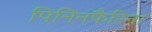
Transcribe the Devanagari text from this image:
पिनिनफैरिना